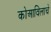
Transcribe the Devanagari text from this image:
कोआविलाचे